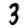
Digit: 3